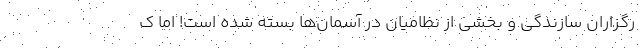
رگزاران سازندگی و بخشی از نظامیان در آسمان‌ها بسته شده است! اما ک